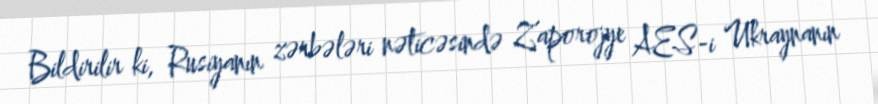
Bildirilir ki, Rusiyanın zərbələri nəticəsində Zaporojye AES-i Ukraynanın